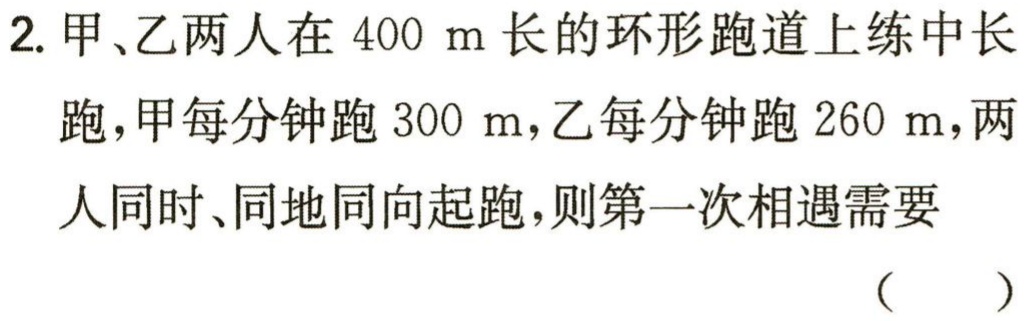
2. 甲、乙两人在 \(400\ m\)长的环形跑道上练中长跑，甲每分钟跑 \(300\ m\)，乙每分钟跑 \(260\ m\)，两人同时、同地同向起跑，则第一次相遇需要 （  ）